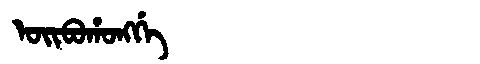
Manchu: ᠣᡳᠪᠣᡥᠣᠩᡤᡝ
Romanization: OIBOHONGGE